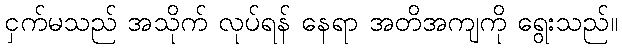
ငှက်မသည် အသိုက် လုပ်ရန် နေရာ အတိအကျကို ရွေးသည်။